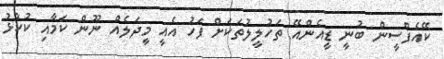
ކޭއެފްސީން ބުނީ ޑީއެންއޭ ތަހުލީލުތަކަށް ފަހު އެއީ މީދަލެއް ނޫން ކަމާއި ކުކުޅު